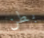
بطن